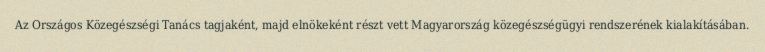
Az Országos Közegészségi Tanács tagjaként, majd elnökeként részt vett Magyarország közegészségügyi rendszerének kialakításában.